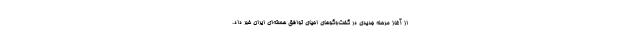
از آغاز مرحله جدیدی در گفت‌وگوهای احیای توافق هسته‌ای ایران خبر داد.